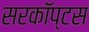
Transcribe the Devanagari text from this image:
सरकॉप्टस